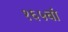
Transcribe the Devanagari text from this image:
१६५वां